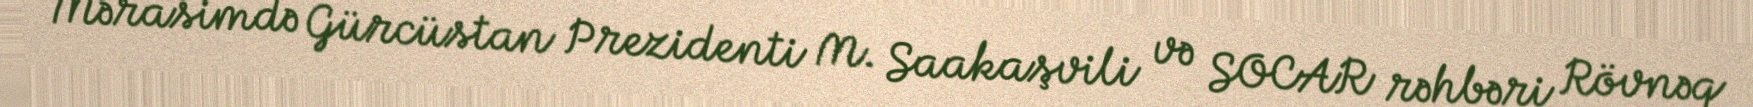
Mərasimdə Gürcüstan Prezidenti M. Saakaşvili və SOCAR rəhbəri Rövnəq